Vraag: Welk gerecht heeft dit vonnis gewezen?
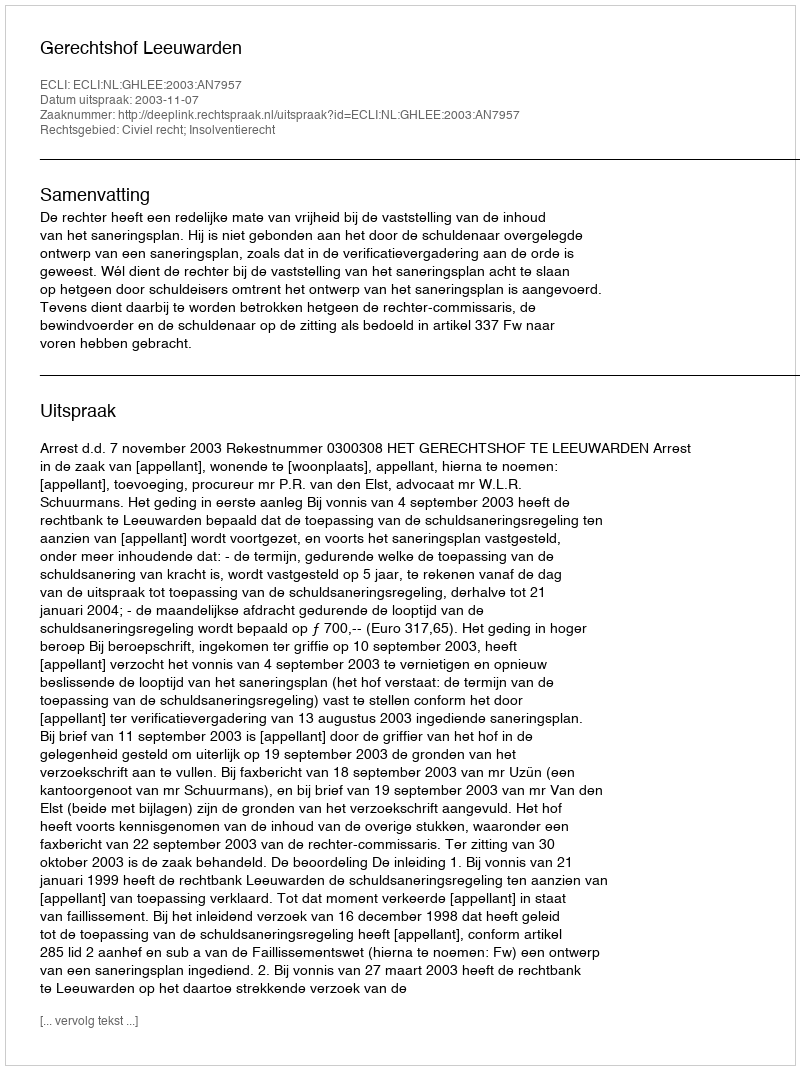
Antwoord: Gerechtshof Leeuwarden